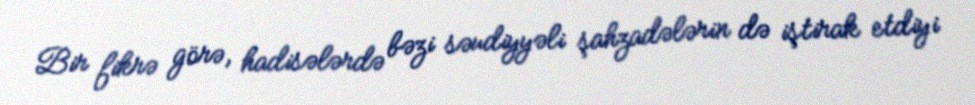
Bir fikrə görə, hadisələrdə bəzi səudiyyəli şahzadələrin də iştirak etdiyi